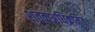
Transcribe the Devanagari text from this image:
शतकअधिक्रमित